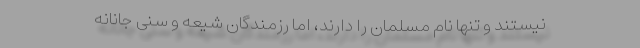
نیستند و تنها نام مسلمان را دارند، اما رزمندگان شیعه و سنی جانانه